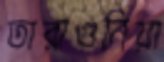
তারাগুনিয়া